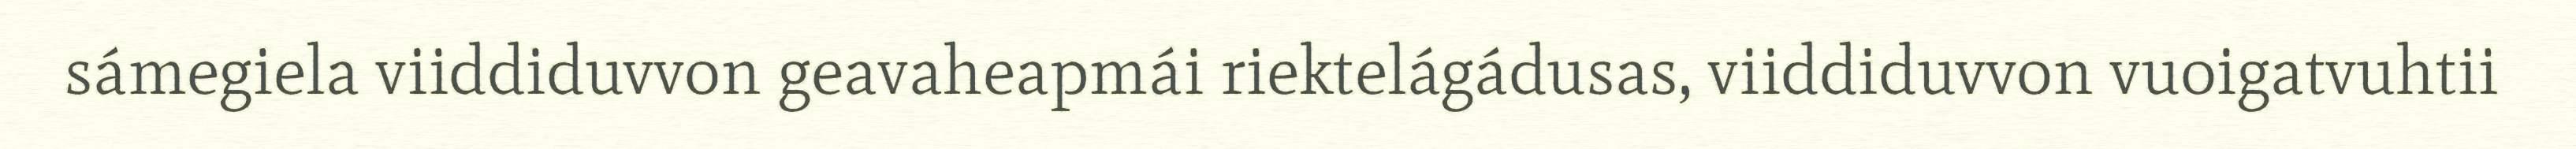
sámegiela viiddiduvvon geavaheapmái riektelágádusas, viiddiduvvon vuoigatvuhtii